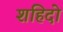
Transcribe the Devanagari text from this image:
शहिदो